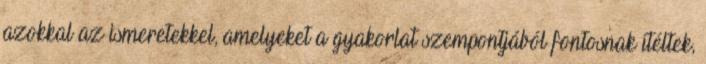
azokkal az ismeretekkel, amelyeket a gyakorlat szempontjából fontosnak ítéltek,